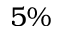
5 \%